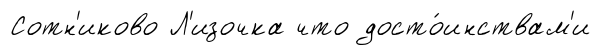
Сотн'иково Л'изочка что досто́инствам'и